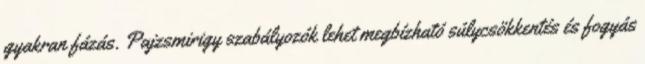
gyakran fázás. Pajzsmirigy szabályozók lehet megbízható súlycsökkentés és fogyás